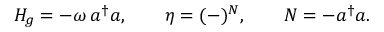
H _ { g } = - \omega \, a ^ { \dagger } a , \qquad \eta = ( - ) ^ { N } , \qquad N = - a ^ { \dagger } a .